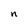
Character: n